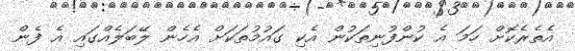
އެތެރެކޮށް ހަމަ އެ ކުންފުނިތަކުން އެކި ގައުމުތަކަށް އެހެން ލޭބަލެއްގައި އެ ފެން